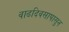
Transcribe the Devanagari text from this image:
वाढदिवसापासुन